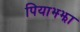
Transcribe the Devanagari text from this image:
पियाझ्झा